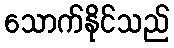
သောက်နိုင်သည်